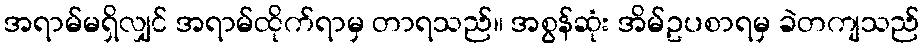
အရာမ်မရှိလျှင် အရာမ်ထိုက်ရာမှ တာရသည်။ အစွန်ဆုံး အိမ်ဥပစာရမှ ခဲတကျသည်